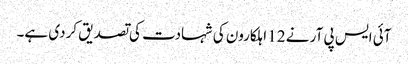
آئی ایس پی آر نے 12 اہلکارون کی شہادت کی تصدیق کردی ہے۔